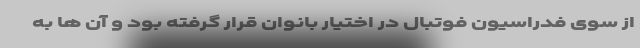
از سوی فدراسیون فوتبال در اختیار بانوان قرار گرفته بود و آن ها به